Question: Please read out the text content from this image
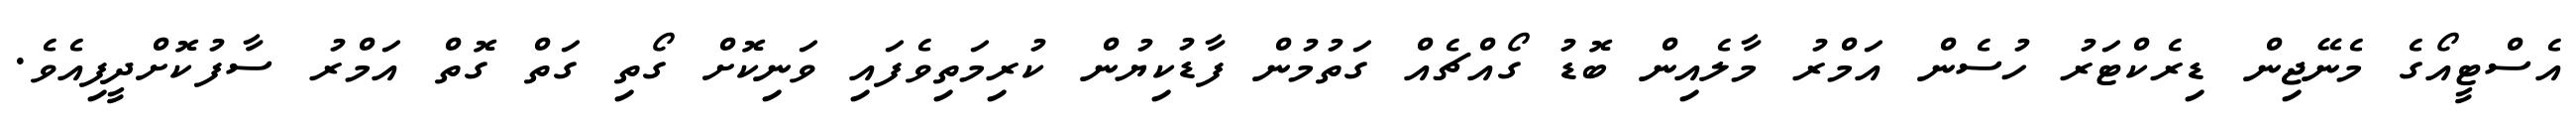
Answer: އެސްޓީއޯގެ މެނޭޖިން ޑިރެކްޓަރު ހުސެން އަމްރު މާލެއިން ބޮޑު ގޯއްޗެއް ގަތުމުން ފާޑުކިޔުން ކުރިމަތިވެފައި ވަނިކޮށް ގޯތި ގަތް ގޮތް އަމްރު ސާފުކޮށްދީފިއެވެ.